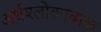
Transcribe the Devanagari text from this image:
अर्धश्लोकात्मक